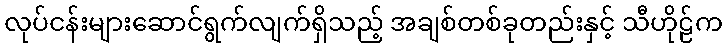
လုပ်ငန်းများဆောင်ရွက်လျက်ရှိသည့် အချစ်တစ်ခုတည်းနှင့် သီဟိုဠ်က